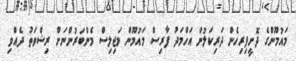
މައުމޫންގެ ދޮށީފިރިހެން ދަރިކަލުން އަހްމަދު ފާރިސް މައުމޫން މަޖިލިސް މެންބަރުންނަށް ރިޝްވަތު ދެއްވި